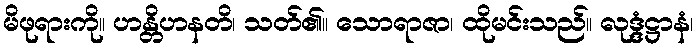
မိဖုရားကို။ ဟန္တိဟနတိ၊ သတ်၏။ သောရာဇာ၊ ထိုမင်းသည်။ လုဒ္ဒံဋ္ဌာနံ၊